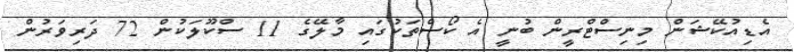
އެޑިއުކޭޝަން މިނިސްޓްރީން ބުނީ އެ ކޯސްތަކުގައި މާލޭގެ 11 ސްކޫލަކުން 72 ދަރިވަރުން